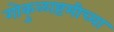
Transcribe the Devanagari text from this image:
गोकुळाष्टमीच्या